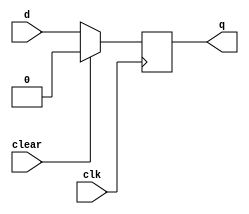
module dff(clk,d,clear,q);
input clk;
input d;
input clear;
output reg q;

always @ (posedge clk)
begin
    if(clear)
        q<=0;
    else
        q<=d;
end

endmodule